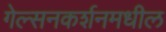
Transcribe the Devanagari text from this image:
गेल्सनकर्शनमधील